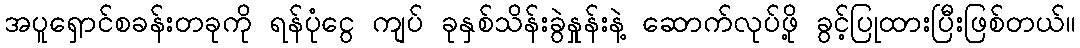
အပူရှောင်စခန်းတခုကို ရန်ပုံငွေ ကျပ် ခုနှစ်သိန်းခွဲနှုန်းနဲ့ ဆောက်လုပ်ဖို့ ခွင့်ပြုထားပြီးဖြစ်တယ်။